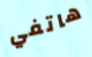
هاتفي